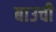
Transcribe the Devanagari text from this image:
बाउची